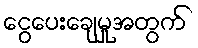
ငွေပေးချေမှုအတွက်